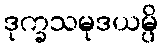
ဒုက္ခသမုဒယမ္ပိ